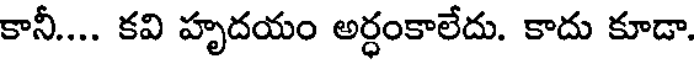
కానీ.... కవి హృదయం అర్ధంకాలేదు. కాదు కూడా.